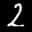
Label: 2